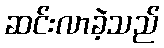
ဆင်းလာခဲ့သည်